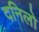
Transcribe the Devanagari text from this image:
दनिलो